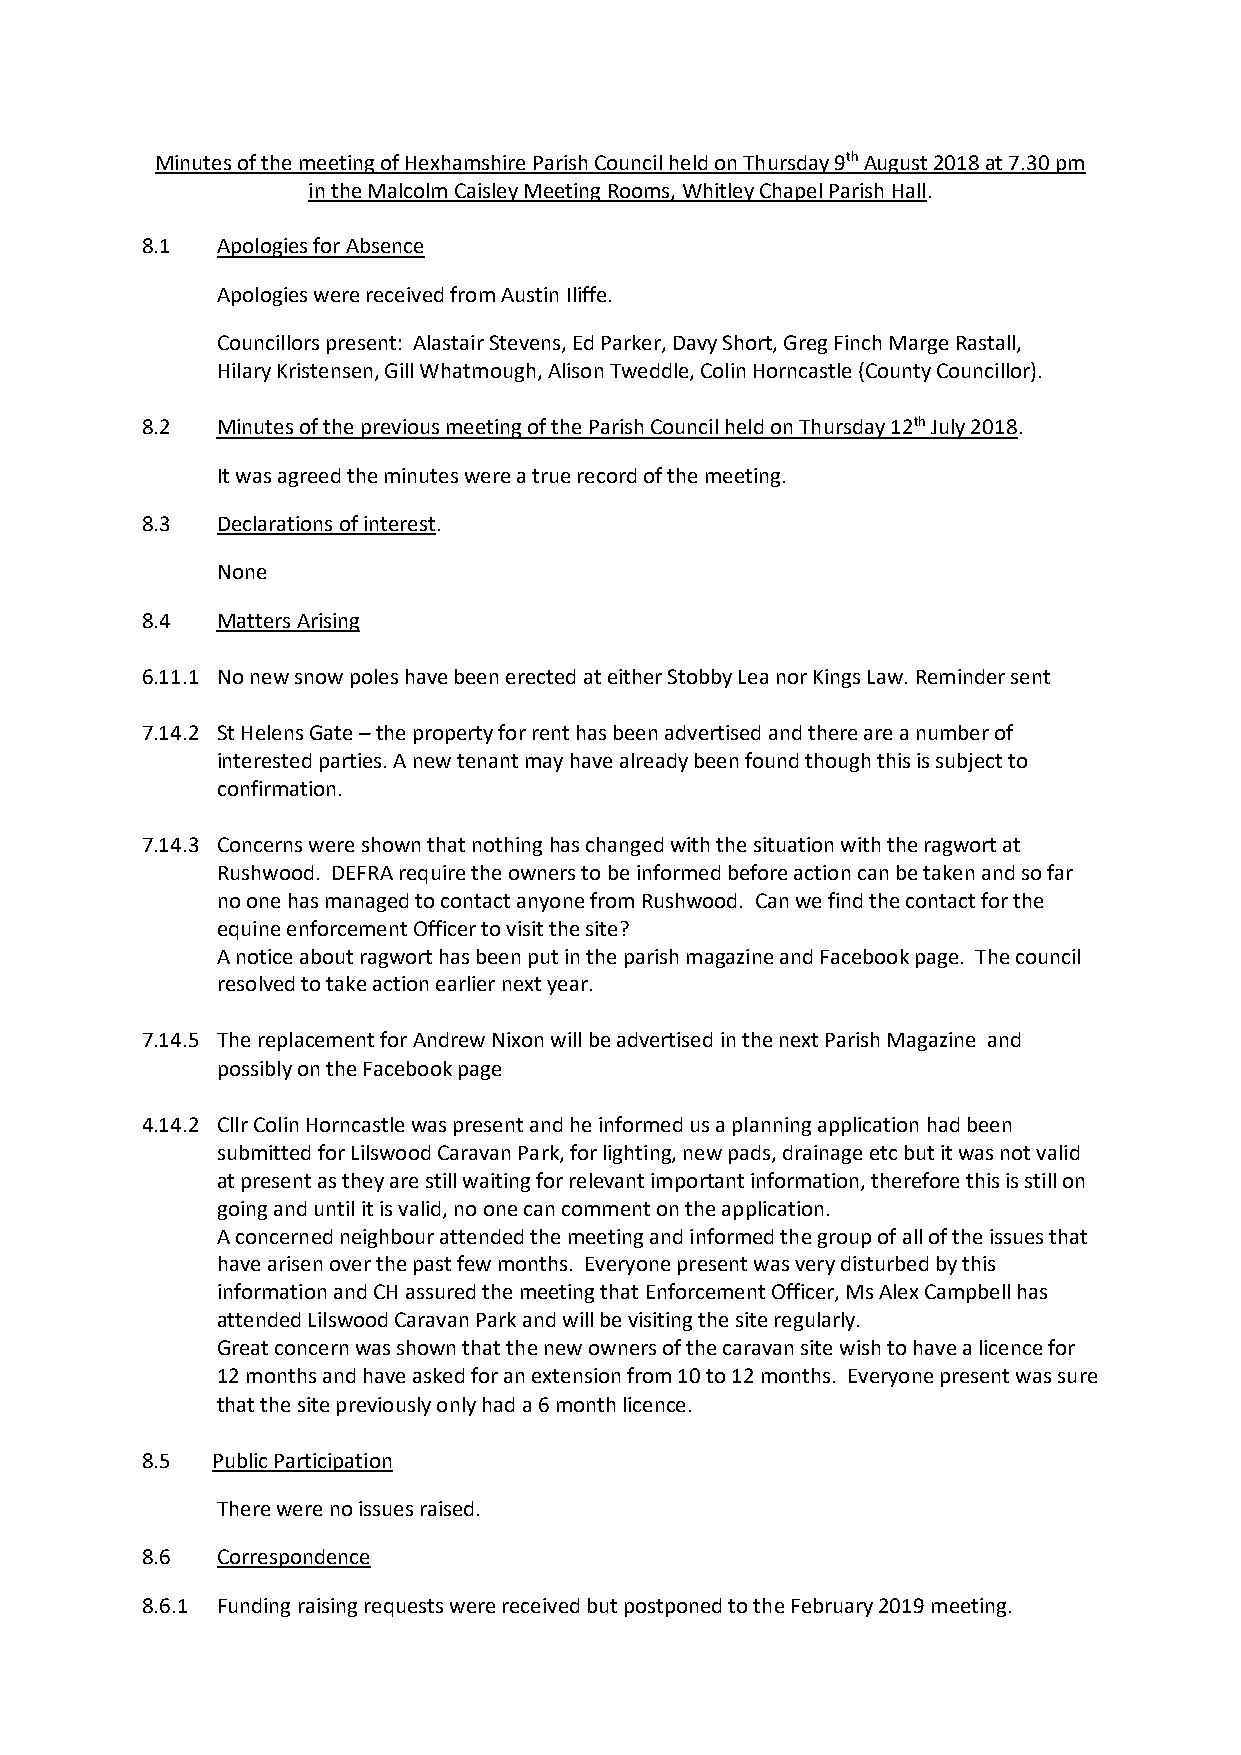
Minutes of the meeting of Hexhamshire Parish Council held on Thursday 9th August 2018 at 7.30 pm
 in the Malcolm Caisley Meeting Rooms, Whitley Chapel Parish Hall.
 8.1  Apologies for Absence
 Apologies were received from Austin Iliffe.
 Councillors present: Alastair Stevens, Ed Parker, Davy Short, Greg Finch Marge Rastall,
 Hilary Kristensen, Gill Whatmough, Alison Tweddle, Colin Horncastle (County Councillor).
 8.2  Minutes of the previous meeting of the Parish Council held on Thursday 12th July 2018.
 It was agreed the minutes were a true record of the meeting.
 8.3  Declarations of interest.
 None
 8.4  Matters Arising
 6.11.1 No new snow poles have been erected at either Stobby Lea nor Kings Law. Reminder sent
 7.14.2 St Helens Gate – the property for rent has been advertised and there are a number of
 interested parties. A new tenant may have already been found though this is subject to
 confirmation.
 7.14.3 Concerns were shown that nothing has changed with the situation with the ragwort at
 Rushwood. DEFRA require the owners to be informed before action can be taken and so far
 no one has managed to contact anyone from Rushwood. Can we find the contact for the
 equine enforcement Officer to visit the site?
 A notice about ragwort has been put in the parish magazine and Facebook page. The council
 resolved to take action earlier next year.
 7.14.5 The replacement for Andrew Nixon will be advertised in the next Parish Magazine and
 possibly on the Facebook page
 4.14.2 Cllr Colin Horncastle was present and he informed us a planning application had been
 submitted for Lilswood Caravan Park, for lighting, new pads, drainage etc but it was not valid
 at present as they are still waiting for relevant important information, therefore this is still on
 going and until it is valid, no one can comment on the application.
 A concerned neighbour attended the meeting and informed the group of all of the issues that
 have arisen over the past few months. Everyone present was very disturbed by this
 information and CH assured the meeting that Enforcement Officer, Ms Alex Campbell has
 attended Lilswood Caravan Park and will be visiting the site regularly.
 Great concern was shown that the new owners of the caravan site wish to have a licence for
 12 months and have asked for an extension from 10 to 12 months. Everyone present was sure
 that the site previously only had a 6 month licence.
 8.5  Public Participation
 There were no issues raised.
 8.6  Correspondence
 8.6.1 Funding raising requests were received but postponed to the February 2019 meeting.